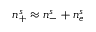
n _ { + } ^ { s } \approx n _ { - } ^ { s } + n _ { e } ^ { s }